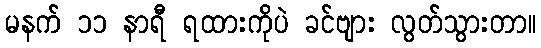
မနက် ၁၁ နာရီ ရထားကိုပဲ ခင်ဗျား လွတ်သွားတာ။